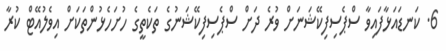
6. ކަނޑައަޅާފައިވާ ސްޕެސިފިކޭޝަނަށް ވުރެ ދަށް ސްޕެސިފިކޭޝަނުގެ ތަކެތީގެ ހުށަހެޅުންތަކަށް އިވެލުއޭޓް ކުރާ